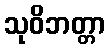
သုဝိဘတ္တာ